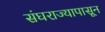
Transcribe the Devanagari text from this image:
संघराज्यापासून